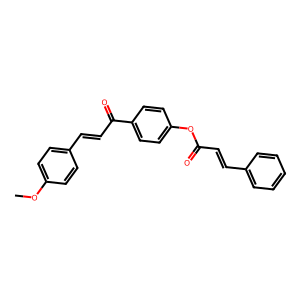
SMILES: COc1ccc(C=CC(=O)c2ccc(OC(=O)C=Cc3ccccc3)cc2)cc1
Inhibits HIV replication: No